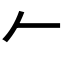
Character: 𠂉